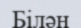
Білән